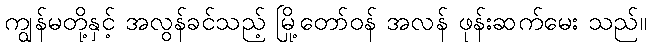
ကျွန်မတို့နှင့် အလွန်ခင်သည့် မြို့တော်ဝန် အလန် ဖုန်းဆက်မေး သည်။